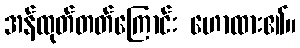
အန်ထုတ်တတ်ကြောင်း ဟောထား၏။